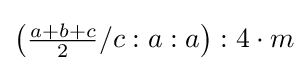
\left({\tfrac {a+b+c}{2}}/c:a:a\right):4\cdot m